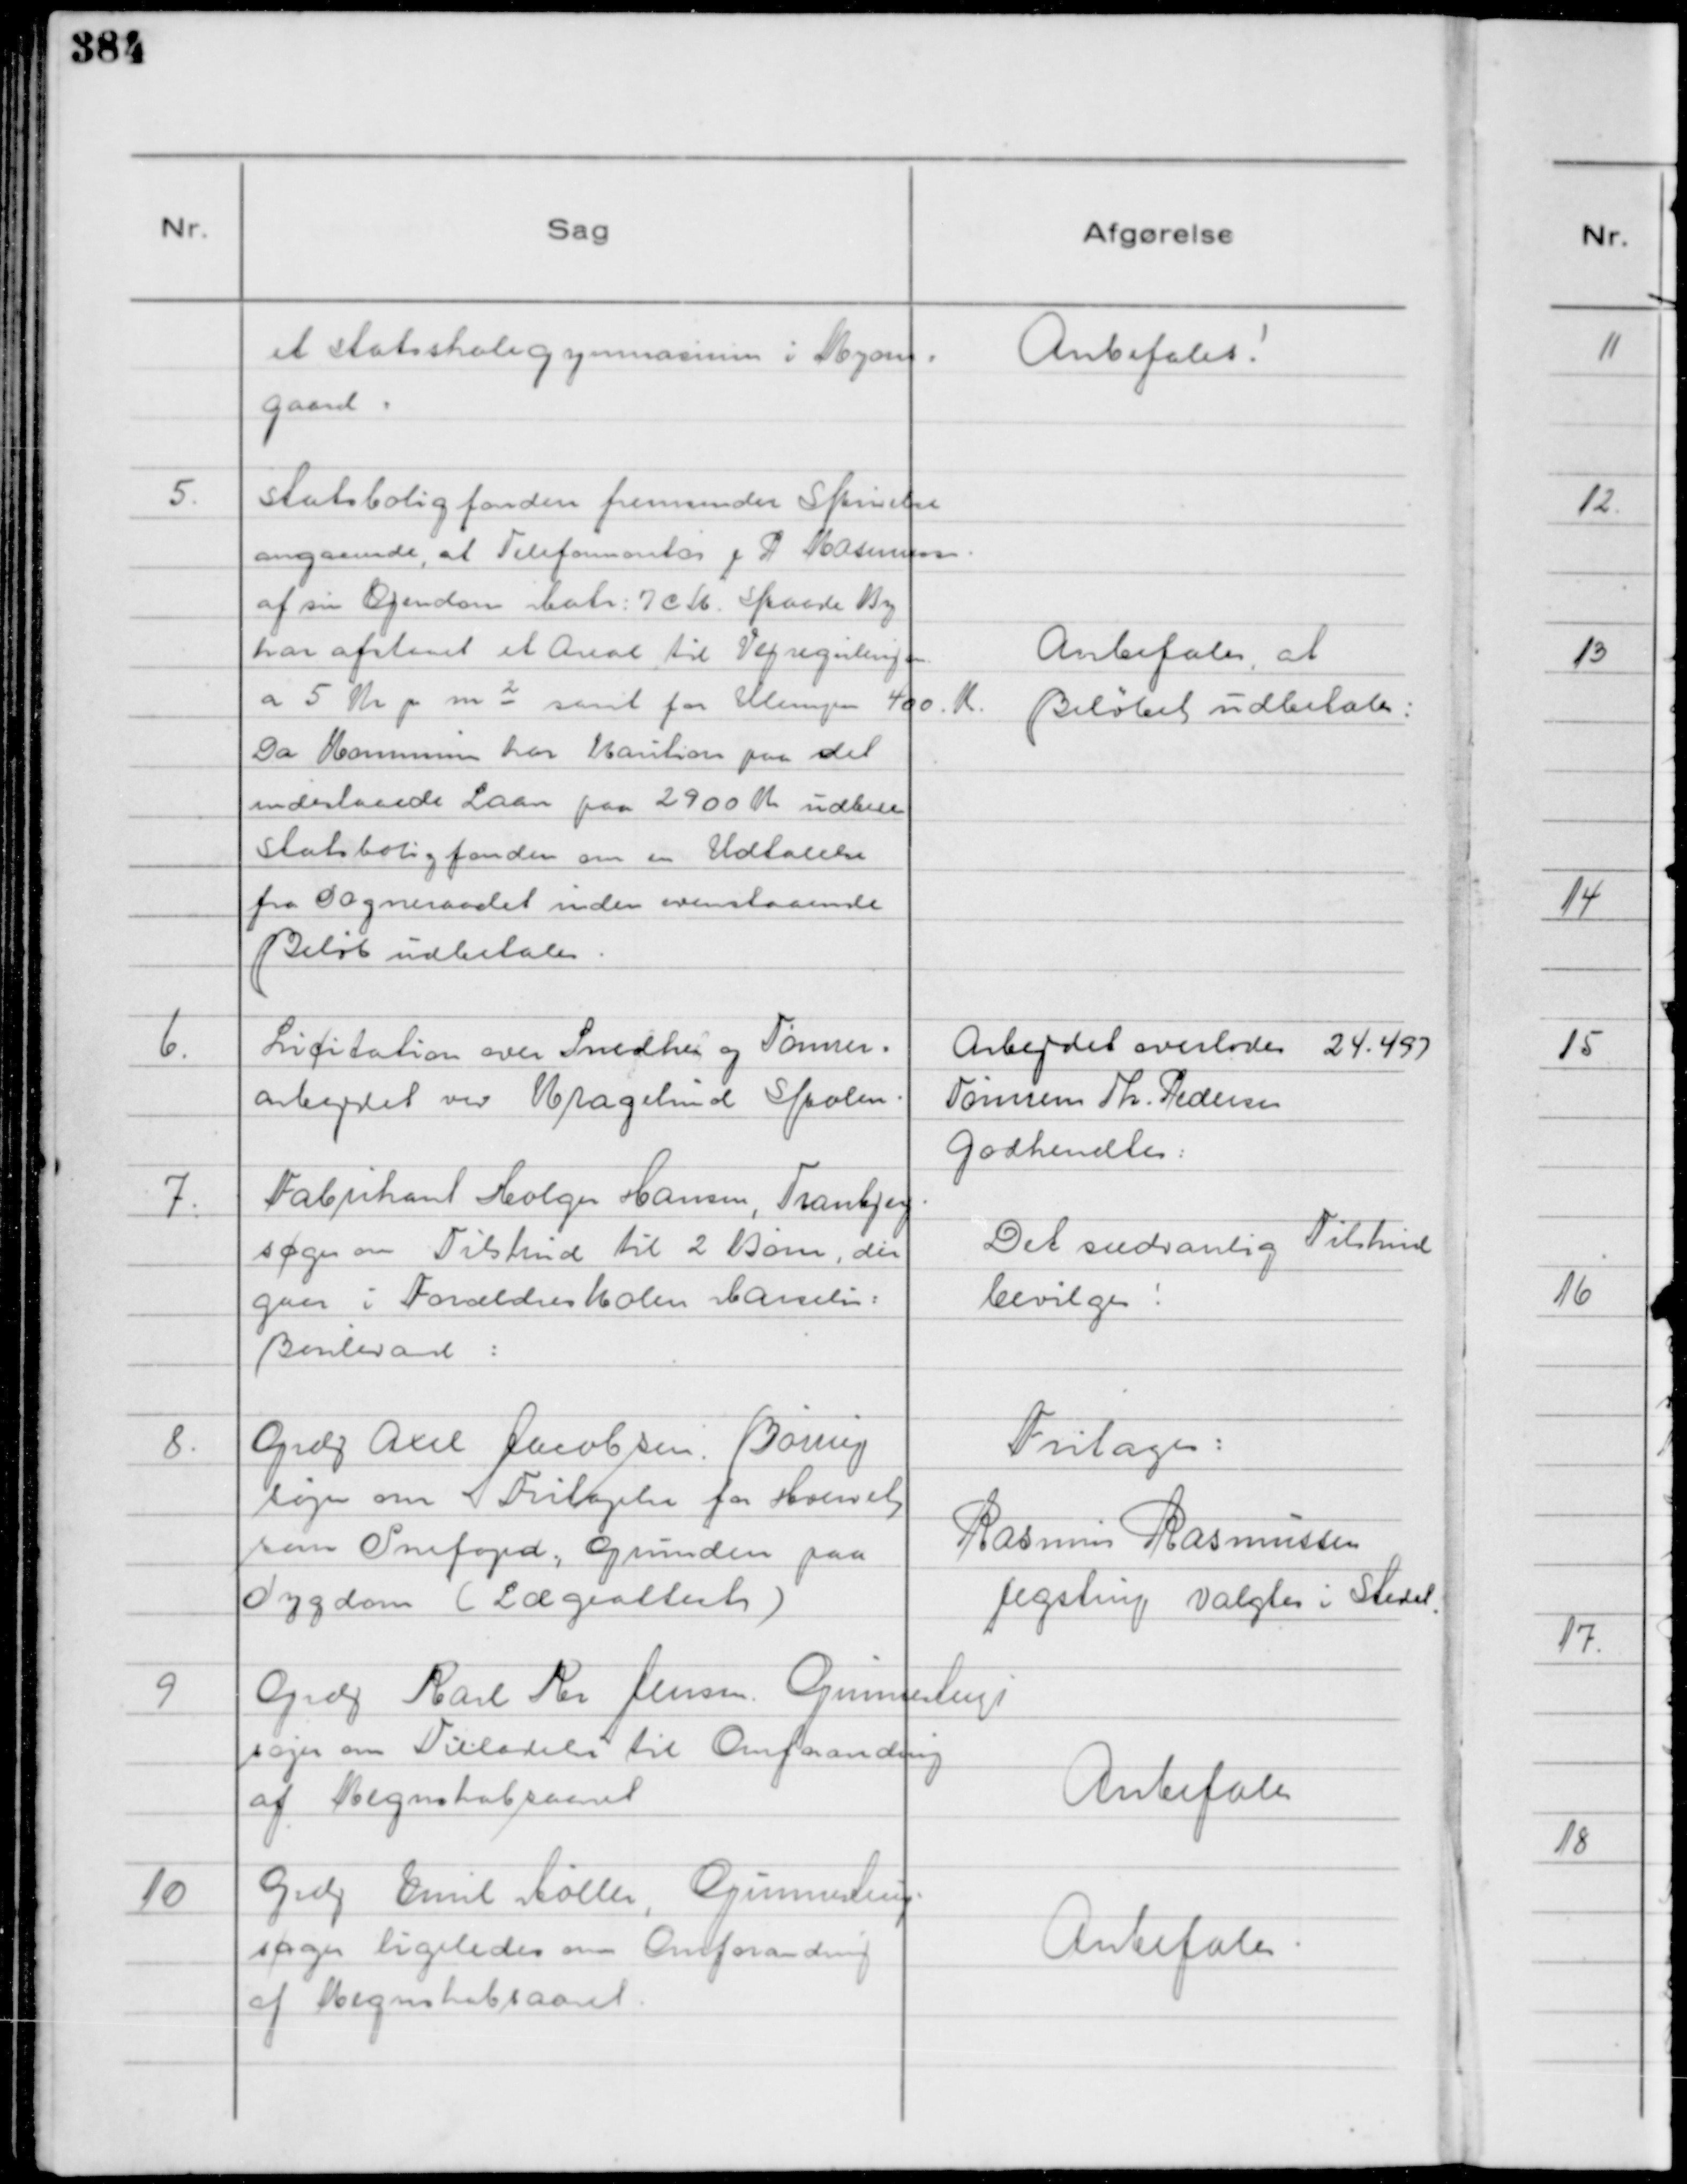
Transskription:
et Statsskolegymnasium i Ryom=
gaard:

Anbefales!

5.
Statsboligfonden fremsender Skrivelse
angaaende, at Telefonmontør J P Rasmusse.
af sin Ejendom Matr: 7 c k. Skaade By
har afstaaet et Areal til Vejreguleringen
a 5 Kr pr m² samt for Ulempen 400. K.
Da Kommunen har kaution paa det
indestaaende Laan paa 2900 Kr udbere
Statsboligfonden om en Udtalelse
fra Sogneraadet inden ovenstaaende
Beløb udbetales.

Anbefales, at
Beløbet udbetales:

6.
Licitation over Snedker og Tømrer=
arbejdet ved Kragelund Skolen.

Arbejdet overlodes 24.497
Tømrem Th. Pedersen
Godkendtes:

7.
Fabrikant Holger Hansen, Tranbjerg
søger om Tilskud til 2 Børn, der
gaer i Forældreskolen Marselis:
Boulevard:

Det sædvanlig Tilskud
bevilges!

8.
Grdj Axel Jacobsen. Børing
søger om Fritagelse for Hvervet
som Snefoged; Grunden paa
Sygdom ( Lægeattest )

Fritages:
Rasmus Rasmussen
Jegstrup valgtes i Stedet.

9
Grdj Karl Per Jensen. Gunnestrup
søger om Tilladelse til Omforandring
af Regnskabsaaret

Anbefales

10
Grdj Emil Møller, Gunnestrup
søger ligeledes om Omforandring
af Regnskabsaaret.

Anbefales.